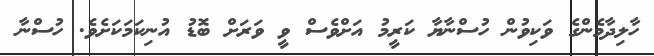
ހާލިދާމެންގެ ވަކިވުން ހުސްނާޔާ ކަރީމު އަށްވެސް ވީ ވަރަށް ބޮޑު އުނިކަމަކަށެވެ. ހުސްނާ